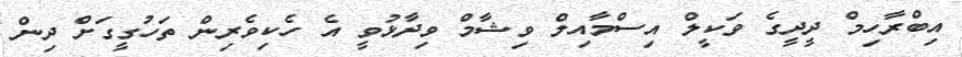
އިބްރާހިމް ދީދީގެ ވަކީލް އިސްމާއިލް ވިޝާމް ވިދާޅުވީ އެ ހެކިވެރިން ތަހުގީގަށް ދިން